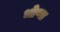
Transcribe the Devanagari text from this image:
धोणा